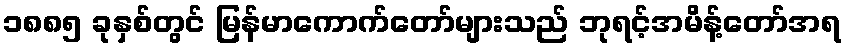
၁၈၈၅ ခုနှစ်တွင် မြန်မာကောက်တော်များသည် ဘုရင့်အမိန့်တော်အရ